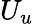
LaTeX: U_{u}